Report of the Indian Hemp Drugs Commission, 1894-1895 - Volume III
Year: 1894
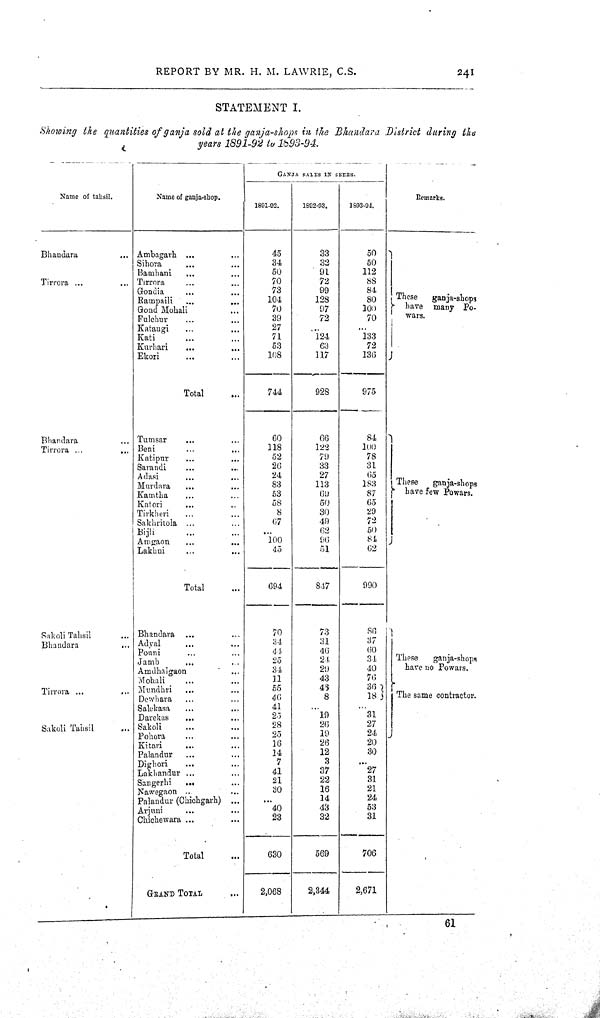
REPORT BY MR. H. M. LAWRIE, C.S.
241
STATEMENT I.
Showing the quantities of ganja sold at the ganja-shops in the Bhandara District during the
years 1891-92 to 1893-94.
GANJA SALES IN SEERS.
Name of tahsil.
Name of ganja-shop.
Remarks.
1891-92.
1892-93.
1893-94.
Bhandara
Ambagarh
45
33
50
These
ganja-shops
have many Po-
wars.
Sihora
34
32
50
These
ganja-shops
have many Po-
wars.
Bamhani
50
91
112
These
ganja-shops
have many Po-
wars.
Tirrora
Tirrora
70
72
88
These
ganja-shops
have many Po-
wars.
Gondia
73
99
84
These
ganja-shops
have many Po-
wars.
Rampaili
104
128
80
These
ganja-shops
have many Po-
wars.
Gond Mohali
70
97
100
These
ganja-shops
have many Po-
wars.
Fulchur
39
72
70
These
ganja-shops
have many Po-
wars.
Katangi
27
These
ganja-shops
have many Po-
wars.
Kati
71
124
133
These
ganja-shops
have many Po-
wars.
Kurhari
53
63
72
These
ganja-shops
have many Po-
wars.
Ekori
108
117
136
These
ganja-shops
have many Po-
wars.
Total
744
928
975
Bhandara
Tumsar
60
66
84
These
ganja-shops
have few Powars.
Tirrora
Beni
118
122
100
These
ganja-shops
have few Powars.
Katipur
52
79
78
These
ganja-shops
have few Powars.
Sarandi
26
33
31
These
ganja-shops
have few Powars.
Adasi
24
27
65
These
ganja-shops
have few Powars.
Murdara
83
113
183
These
ganja-shops
have few Powars.
Kamtha
53
69
87
These
ganja-shops
have few Powars.
Katori
58
50
65
These
ganja-shops
have few Powars.
Tirkheri
8
30
29
These
ganja-shops
have few Powars.
Sakhritola
67
49
72
These
ganja-shops
have few Powars.
Bijli
62
50
These
ganja-shops
have few Powars.
Amgaon
100
96
84
These
ganja-shops
have few Powars.
Lakhni
45
51
62
Total
694
847
990
Sakoli Tahsil
Bhandara
70
73
86
These
ganja-shops
bare no Powars.
The same contractor.
Bhandara
Adyal
34
31
37
These
ganja-shops
bare no Powars.
The same contractor.
Ponni
44
46
60
These
ganja-shops
bare no Powars.
The same contractor.
Jamb
25
24
34
These
ganja-shops
bare no Powars.
The same contractor.
Amdhalgaon
34
29
40
These
ganja-shops
bare no Powars.
The same contractor.
Mohali
11
43
76
These
ganja-shops
bare no Powars.
The same contractor.
Tirrora
Mundhri
55
46
36
These
ganja-shops
bare no Powars.
The same contractor.
Dewhara
46
8
18
These
ganja-shops
bare no Powars.
The same contractor.
Salekasa
41
These
ganja-shops
bare no Powars.
The same contractor.
Darekas
25
19
31
These
ganja-shops
bare no Powars.
The same contractor.
Sakoli Tahsil
Sakoli
28
26
27
These
ganja-shops
bare no Powars.
The same contractor.
Pohora
25
19
24
These
ganja-shops
bare no Powars.
The same contractor.
Kitari
16
26
20
These
ganja-shops
bare no Powars.
The same contractor.
Palandur
14
12
30
Dighori
7
3
Lakhandur
41
37
27
Sangerhi
21
22
31
Nawegaon
30
16
21
Palandur (Chichgarh)
14
24
Arjuni
40
43
53
Chichewara
23
32
31
Total
630
569
706
GRAND TOTAL
2,068
2,344
2,671
61